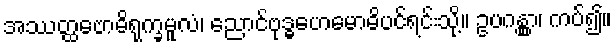
အဿတ္ထဗောဓိရုက္ခမူလံ၊ ညောင်ဗုဒ္ဓဟေမောဓိပင်ရင်းသို့။ ဥပဂန္တွာ၊ ကပ်၍။